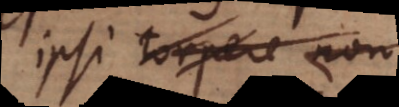
ipsi torpescere non